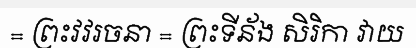
= ព្រះវវរចនា = ព្រះទីន័ង សិរិកា វាយ